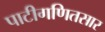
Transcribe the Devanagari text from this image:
पाटीगणितसार